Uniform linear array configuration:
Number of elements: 4
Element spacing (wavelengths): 0.75
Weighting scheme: exponential
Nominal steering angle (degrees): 0
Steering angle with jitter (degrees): -0.611
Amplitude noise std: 0.05
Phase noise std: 0.05

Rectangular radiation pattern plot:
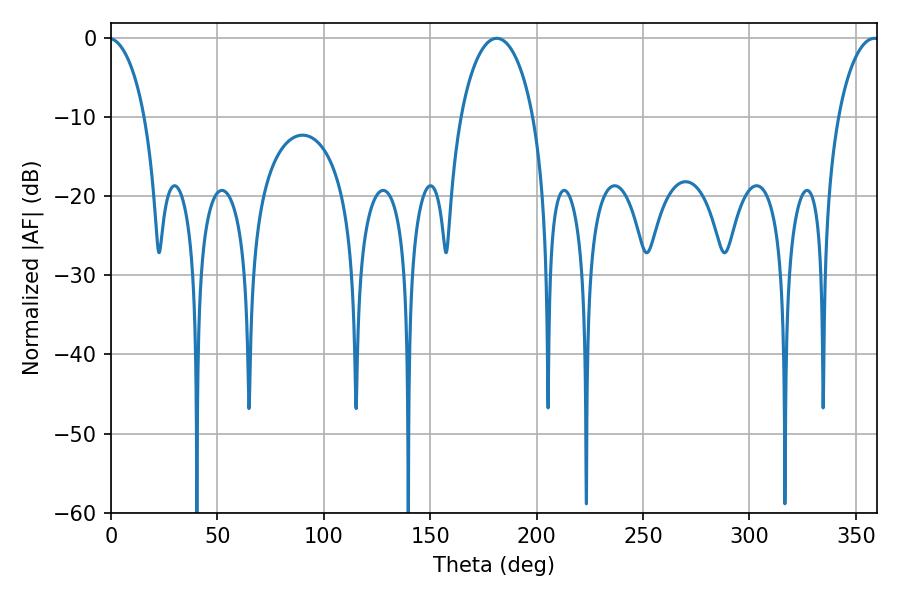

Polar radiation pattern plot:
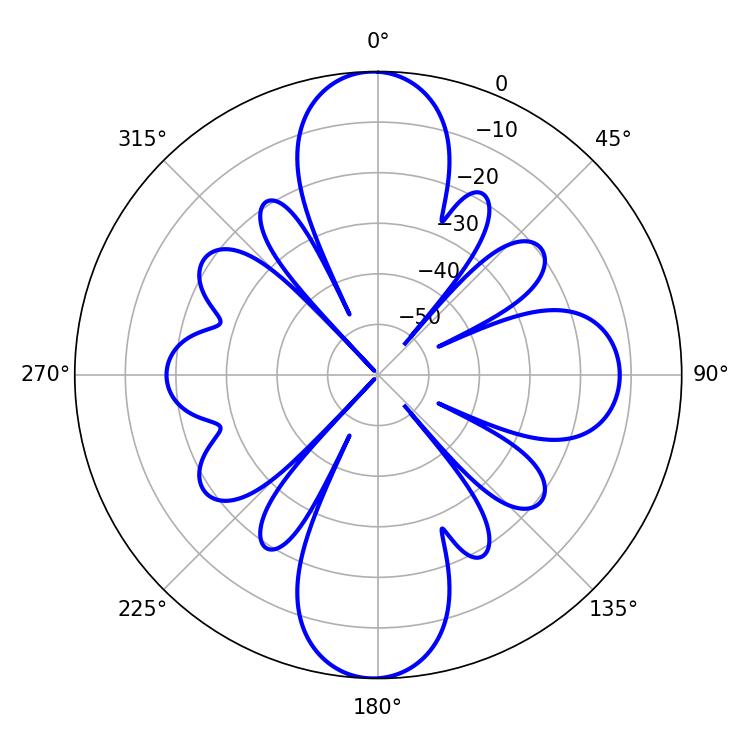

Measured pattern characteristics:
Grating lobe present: TRUE
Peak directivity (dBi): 28.789
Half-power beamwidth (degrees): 10.98
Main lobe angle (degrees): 358.74